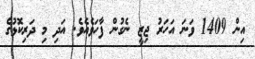
އިން 1409 ވަނަ އަހަރު ޖިޒީ ނެގުން ފާހަވެއެވެ. އަދި މި ދަރިކޮޅުގެ